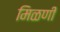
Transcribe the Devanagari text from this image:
मिळणी